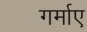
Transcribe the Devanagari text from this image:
गर्माए